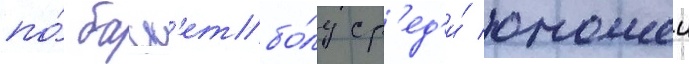
по́ баск'етбо́лу ср'ед'и́ юношеи